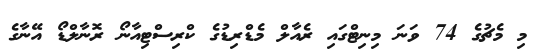
މި މެޗުގެ 74 ވަނަ މިނިޓްގައި ރެއާލް މެޑްރިޑުގެ ކްރިސްޓިއާނޯ ރޮނާލްޑޯ އޭނާގެ